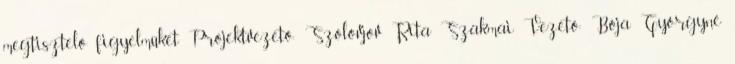
megtisztelő figyelmüket Projektvezető: Szolovjov Rita Szakmai Vezető: Bója Györgyné